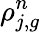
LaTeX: \rho_{j,g}^{n}